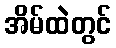
အိမ်ထဲတွင်